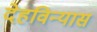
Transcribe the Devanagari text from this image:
देहविन्यास